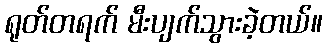
ရုတ်တရက် မီးပျက်သွားခဲ့တယ်။